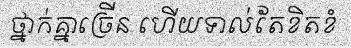
ថ្នាក់គ្នាច្រើន ហើយទាល់តែខិតខំ